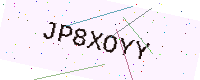
Text: JP8XOYY